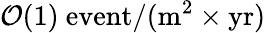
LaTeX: \mathcal{O}(1)~\mathrm{event}/(\mathrm{m^{2}}\times\mathrm{yr})